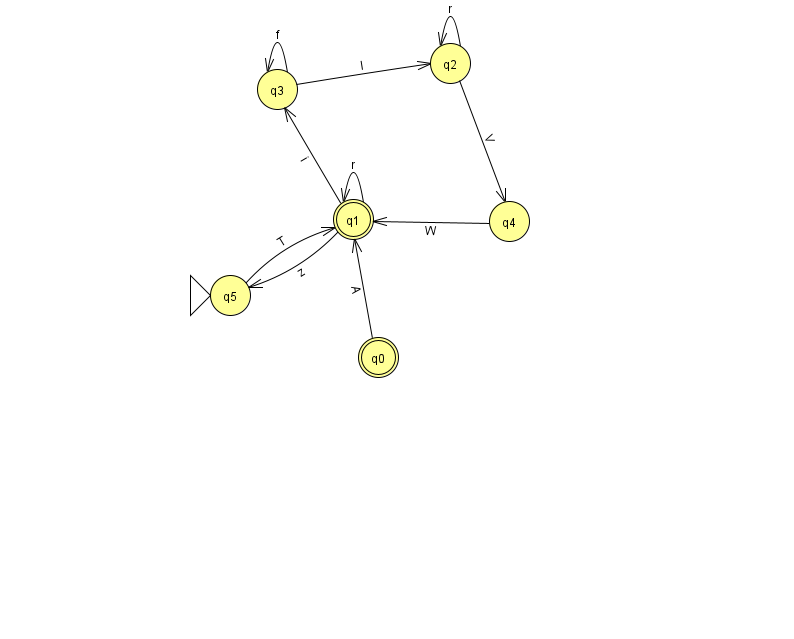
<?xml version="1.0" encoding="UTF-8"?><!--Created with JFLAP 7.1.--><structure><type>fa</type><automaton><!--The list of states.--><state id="0" name="q0"><x>378.0</x><y>344.0</y><final/></state><state id="1" name="q1"><x>353.0</x><y>206.0</y><final/></state><state id="2" name="q2"><x>450.0</x><y>50.0</y></state><state id="3" name="q3"><x>277.0</x><y>76.0</y></state><state id="4" name="q4"><x>509.0</x><y>208.0</y></state><state id="5" name="q5"><x>230.0</x><y>282.0</y><initial/></state><!--The list of transitions.--><transition><from>1</from><to>3</to><read>i</read></transition><transition><from>5</from><to>1</to><read>T</read></transition><transition><from>1</from><to>1</to><read>r</read></transition><transition><from>2</from><to>2</to><read>r</read></transition><transition><from>2</from><to>4</to><read>V</read></transition><transition><from>3</from><to>3</to><read>f</read></transition><transition><from>0</from><to>1</to><read>A</read></transition><transition><from>3</from><to>2</to><read>I</read></transition><transition><from>4</from><to>1</to><read>W</read></transition><transition><from>1</from><to>5</to><read>z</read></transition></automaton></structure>